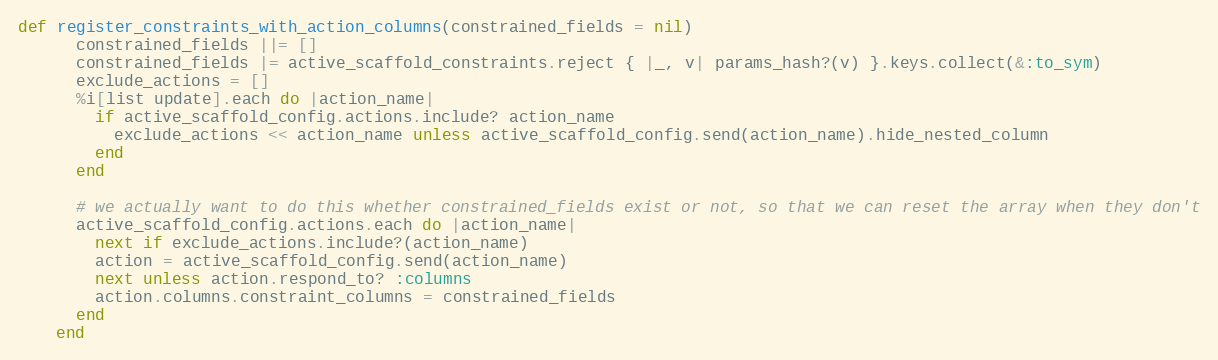
Language: Ruby
def register_constraints_with_action_columns(constrained_fields = nil)
      constrained_fields ||= []
      constrained_fields |= active_scaffold_constraints.reject { |_, v| params_hash?(v) }.keys.collect(&:to_sym)
      exclude_actions = []
      %i[list update].each do |action_name|
        if active_scaffold_config.actions.include? action_name
          exclude_actions << action_name unless active_scaffold_config.send(action_name).hide_nested_column
        end
      end

      # we actually want to do this whether constrained_fields exist or not, so that we can reset the array when they don't
      active_scaffold_config.actions.each do |action_name|
        next if exclude_actions.include?(action_name)
        action = active_scaffold_config.send(action_name)
        next unless action.respond_to? :columns
        action.columns.constraint_columns = constrained_fields
      end
    end